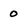
Character: 0